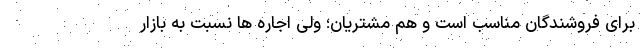
برای فروشندگان مناسب است و هم مشتریان؛ ولی اجاره ها نسبت به بازار